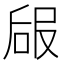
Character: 𠵳